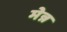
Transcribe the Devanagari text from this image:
मेन्न